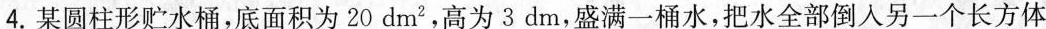
4.某圆柱形贮水桶，底面积为20dm^{2}，高为3dm，盛满一桶水，把水全部倒入另一个长方体